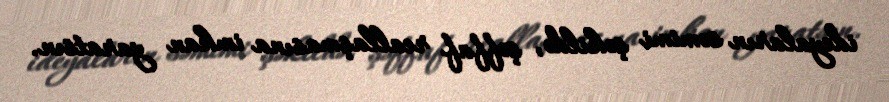
ideyaların səmimi şəkildə, şəffaf reallaşmasına imkan yaratsın.